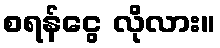
စရန်ငွေ လိုလား။